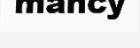
mancy